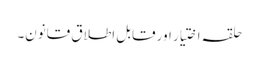
حلقہ اختیار اور قابل اطلاق قانون۔